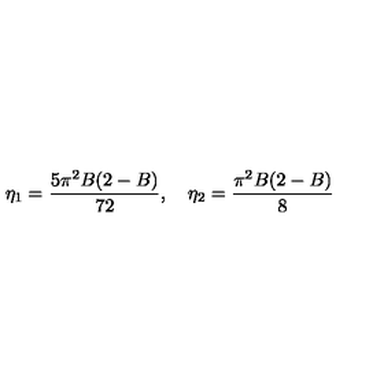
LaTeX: \eta _ { 1 } = \frac { 5 \pi ^ { 2 } B ( 2 - B ) } { 7 2 } , \quad \eta _ { 2 } = \frac { \pi ^ { 2 } B ( 2 - B ) } { 8 }